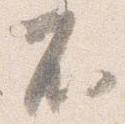
不